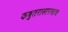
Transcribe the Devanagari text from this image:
कबुतरासारखाच